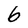
Character: 6